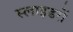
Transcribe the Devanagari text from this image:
स्लाइडरों